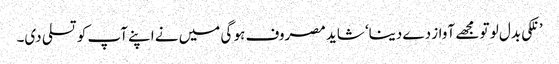
’ نلکی بدل لو تو مجھے آواز دے دینا‘ شاید مصروف ہو گی میں نے اپنے آپ کو تسلی دی۔